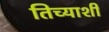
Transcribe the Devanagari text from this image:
तिच्याशीं